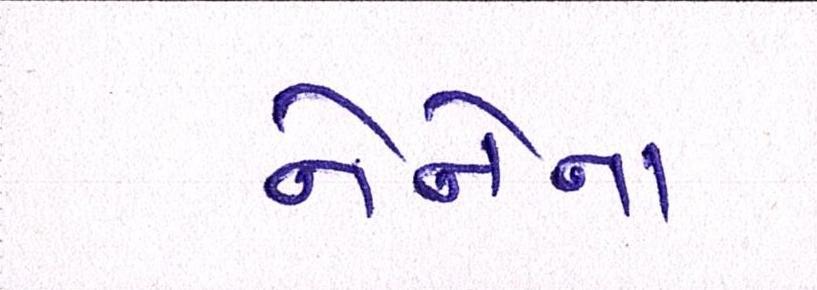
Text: નેનેના